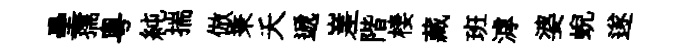
壘孺粤純揣倣秉夭遞嵳階棲藏班滹婆蜺遂